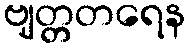
ဗျတ္တတရေန